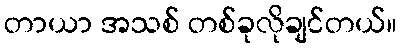
တာယာ အသစ် တစ်ခုလိုချင်တယ်။